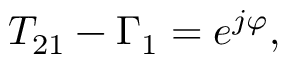
T _ { 2 1 } - \Gamma _ { 1 } = e ^ { j \varphi } ,